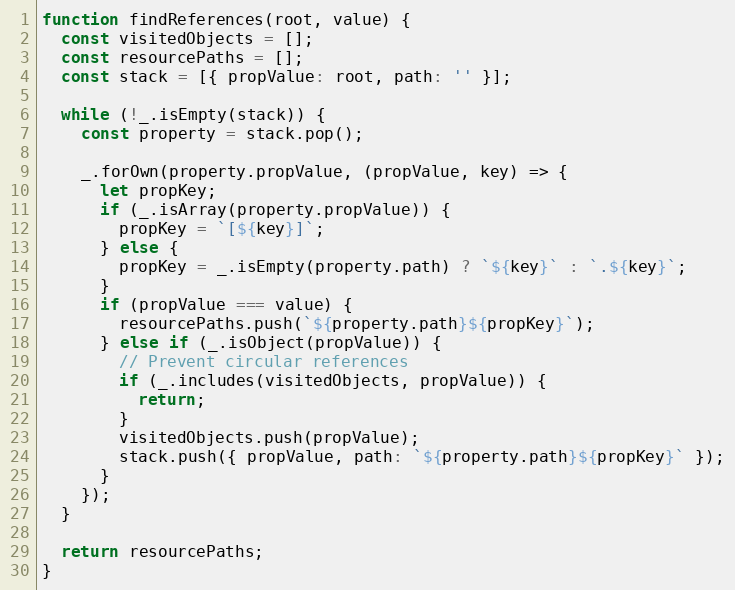
Language: JavaScript
function findReferences(root, value) {
  const visitedObjects = [];
  const resourcePaths = [];
  const stack = [{ propValue: root, path: '' }];

  while (!_.isEmpty(stack)) {
    const property = stack.pop();

    _.forOwn(property.propValue, (propValue, key) => {
      let propKey;
      if (_.isArray(property.propValue)) {
        propKey = `[${key}]`;
      } else {
        propKey = _.isEmpty(property.path) ? `${key}` : `.${key}`;
      }
      if (propValue === value) {
        resourcePaths.push(`${property.path}${propKey}`);
      } else if (_.isObject(propValue)) {
        // Prevent circular references
        if (_.includes(visitedObjects, propValue)) {
          return;
        }
        visitedObjects.push(propValue);
        stack.push({ propValue, path: `${property.path}${propKey}` });
      }
    });
  }

  return resourcePaths;
}